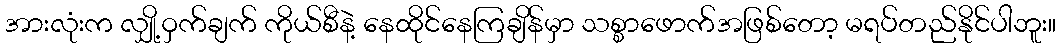
အားလုံးက လျှို့ဝှက်ချက် ကိုယ်စီနဲ့ နေထိုင်နေကြချိန်မှာ သစ္စာဖောက်အဖြစ်တော့ မရပ်တည်နိုင်ပါဘူး။